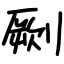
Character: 劂